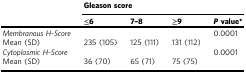
|  | <COLSPAN=4> Gleason score |
 |  | ≤6 | 7–8 | ≥9 | P value* |
 | --- | --- | --- | --- | --- |
 | Membranous H-Score |  |  |  | 0.0001 |
 | Mean (SD) | 235 (105) | 125 (111) | 131 (112) |  |
 | Cytoplasmic H-Score |  |  |  | 0.0001 |
 | Mean (SD) | 36 (70) | 65 (71) | 75 (75) |  |